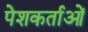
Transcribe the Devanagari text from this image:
पेशकर्ताओं